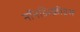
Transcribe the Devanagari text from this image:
नॉनडिस्क्रीप्ट्स